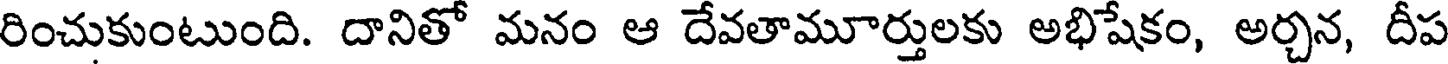
రించుకుంటుంది. దానితో మనం ఆ దేవతామూర్తులకు అభిషేకం, అర్చన, దీప